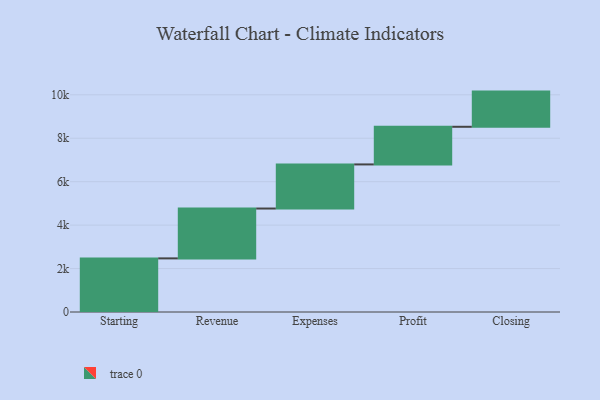
{"axis": {"x": "Step", "y": "Value"}, "legend": [""], "data": [{"x": "Starting", "y": 2469.0, "type": ""}, {"x": "Revenue", "y": 2295.0, "type": ""}, {"x": "Expenses", "y": 2031.0, "type": ""}, {"x": "Profit", "y": 1733.0, "type": ""}, {"x": "Closing", "y": 1620.0, "type": ""}]}